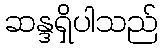
ဆန္ဒရှိပါသည်